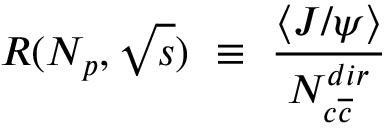
R ( N _ { p } , \sqrt { s } ) ~ \equiv ~ \frac { \langle J / \psi \rangle } { N _ { c \overline { { { c } } } } ^ { d i r } }